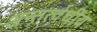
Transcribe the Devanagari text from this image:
अन्तर्त्वचीय